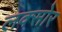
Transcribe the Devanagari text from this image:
लक्सोर